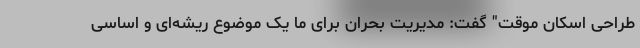
طراحی اسکان موقت" گفت: مدیریت بحران برای ما یک موضوع ریشه‌ای و اساسی